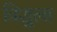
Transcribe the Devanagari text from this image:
त्रिशुला